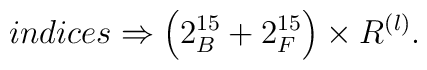
indices\Rightarrow \left( 2_B^{15}+2_F^{15}\right) \times R^{\left( l\right)}.